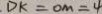
D K = O M = 4